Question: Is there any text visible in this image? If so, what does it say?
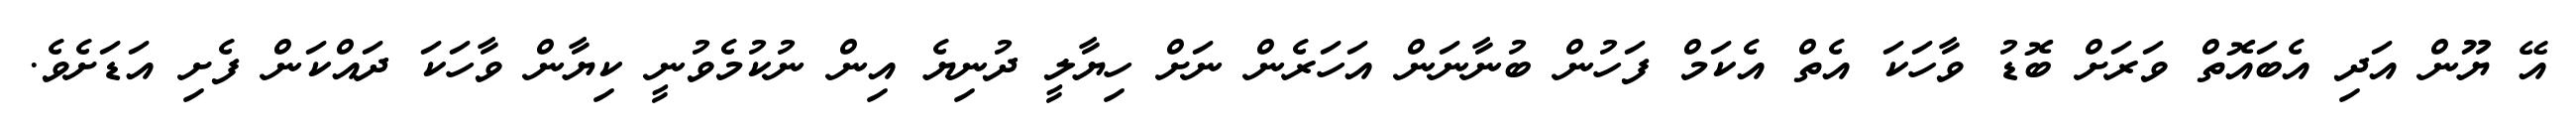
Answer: އޭ ޔޫން އަދި އެބައޮތް ވަރަށް ބޮޑު ވާހަކަ އެތް އެކަމް ފަހުން ބުނާނަން އަހަރެން ނަށް ހިޔާލީ ދުނިޔެ އިން ނުކުމެވުނީ ކިޔާން ވާހަކަ ދައްކަން ފެށި އަޑަށެވެ.